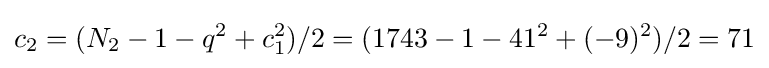
c_{2}=(N_{2}-1-q^{2}+c_{1}^{2})/2=(1743-1-41^{2}+(-9)^{2})/2=71